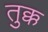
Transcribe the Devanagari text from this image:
तुक्क